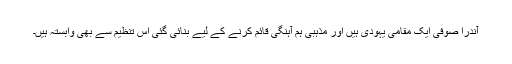
آندرا صوفی ایک مقامی یہودی ہیں اور مذہبی ہم آہنگی قائم کرنے کے لیے بنائی گئی اس تنظیم سے بھی وابستہ ہیں۔